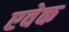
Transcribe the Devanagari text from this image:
एवेक